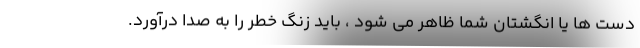
دست ها یا انگشتان شما ظاهر می شود ، باید زنگ خطر را به صدا درآورد.